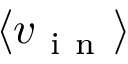
\langle v _ { \mathrm { ~ i ~ n ~ } } \rangle